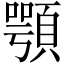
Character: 顎